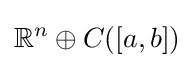
\mathbb {R} ^{n}\oplus C([a,b])